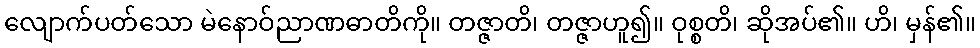
လျောက်ပတ်သော မဲနောဝ်ညာဏဓာတိကို။ တဇ္ဇာတိ၊ တဇ္ဇာဟူ၍။ ဝုစ္စတိ၊ ဆိုအပ်၏။ ဟိ၊ မှန်၏။